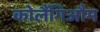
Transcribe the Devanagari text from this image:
कोलैंगिऔम